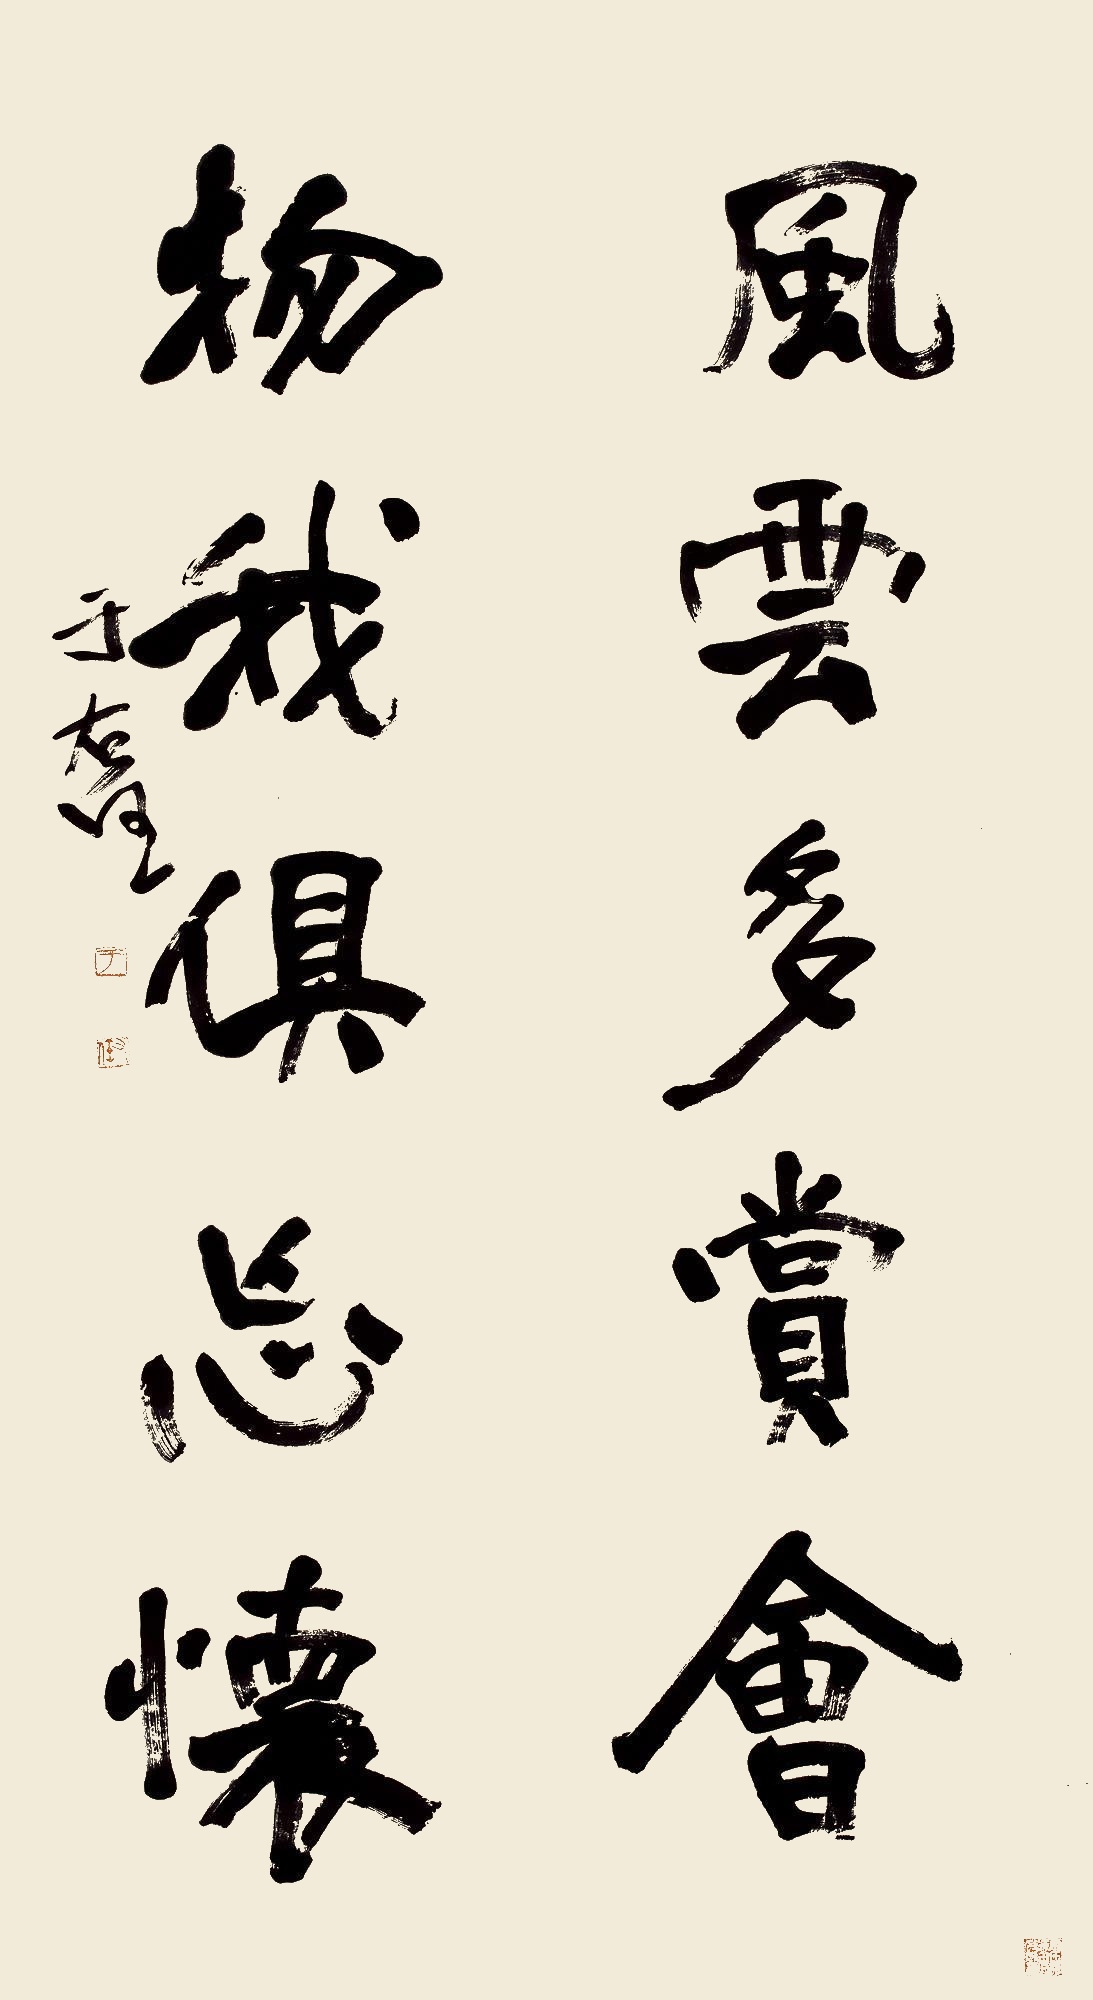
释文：风云多赏会，物我俱忘怀。于右任。